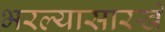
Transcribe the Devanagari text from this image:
भरल्यासारखे